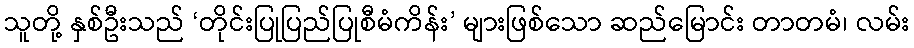
သူတို့ နှစ်ဦးသည် ‘တိုင်းပြုပြည်ပြုစီမံကိန်း’ များဖြစ်သော ဆည်မြောင်း တာတမံ၊ လမ်း